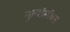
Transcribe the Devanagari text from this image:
नृत्यांसोबत